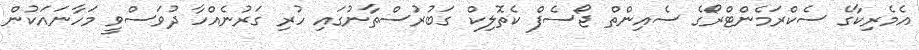
އެމެރިކާގެ ސެކްރަމެންޓްރޯގެ ސެއިންތް ޖޯސެފް ކެތޮލިކް ގަބުރުސްތާނުގައި ހުރި ގަރުނެއްހާ ދުވަސްވީ މަހާނައަކުން